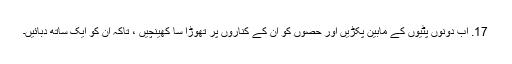
17. اب دونوں پٹیوں کے مابین پکڑیں ​​اور حصوں کو ان کے کناروں پر تھوڑا سا کھینچیں ، تاکہ ان کو ایک ساتھ دبائیں۔